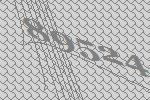
89524